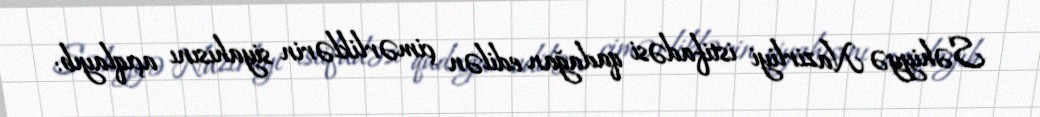
Səhiyyə Nazirliyi istifadəsi qadağan edilən çimərliklərin siyahısını açıqlayıb: